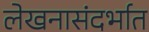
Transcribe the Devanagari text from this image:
लेखनासंदर्भात